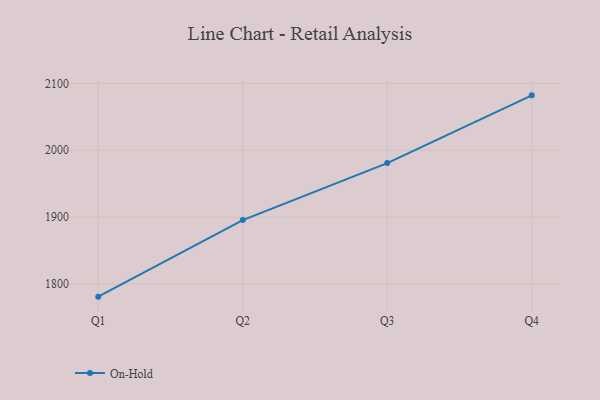
{"axis": {"x": "Quarter", "y": "LTV (USD)"}, "legend": ["On-Hold"], "data": [{"x": "Q1", "y": 1781.0, "type": "On-Hold"}, {"x": "Q2", "y": 1895.5, "type": "On-Hold"}, {"x": "Q3", "y": 1980.8, "type": "On-Hold"}, {"x": "Q4", "y": 2082.1, "type": "On-Hold"}]}